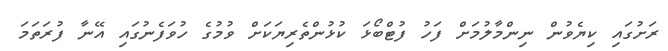
ރަށުގައި ކިޔެވުން ނިންމާލުމަށް ފަހު ފުޓްބޯޅަ ކުޅުންތެރިޔަކަށް ވުމުގެ ހުވަފެނުގައި އޭނާ ފުރަތަމަ